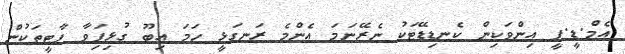
އެމް.ޑީ.ޕީ އިންވަކިން ކެނޑިޑޭޓަކު ނެރޭނަމަ އެންމެ ރަނގަޅީ ހަމަ އިބޫ ގުޅިފަިވާ ޕާޓީތަކުން